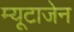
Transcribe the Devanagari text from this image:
म्यूटाजेन